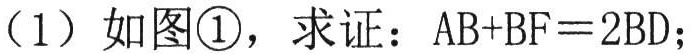
（1）如图\textcircled{1}，求证：\(AB + BF = 2BD\)；